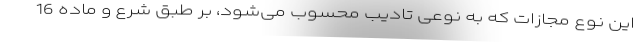
این نوع مجازات که به نوعی تادیب محسوب می‌شود، بر طبق شرع و ماده 16